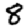
Digit: 8